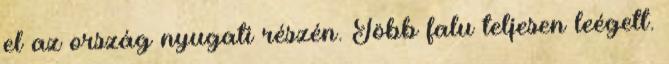
el az ország nyugati részén. Több falu teljesen leégett.